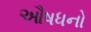
ઔષધનો